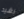
رشيد